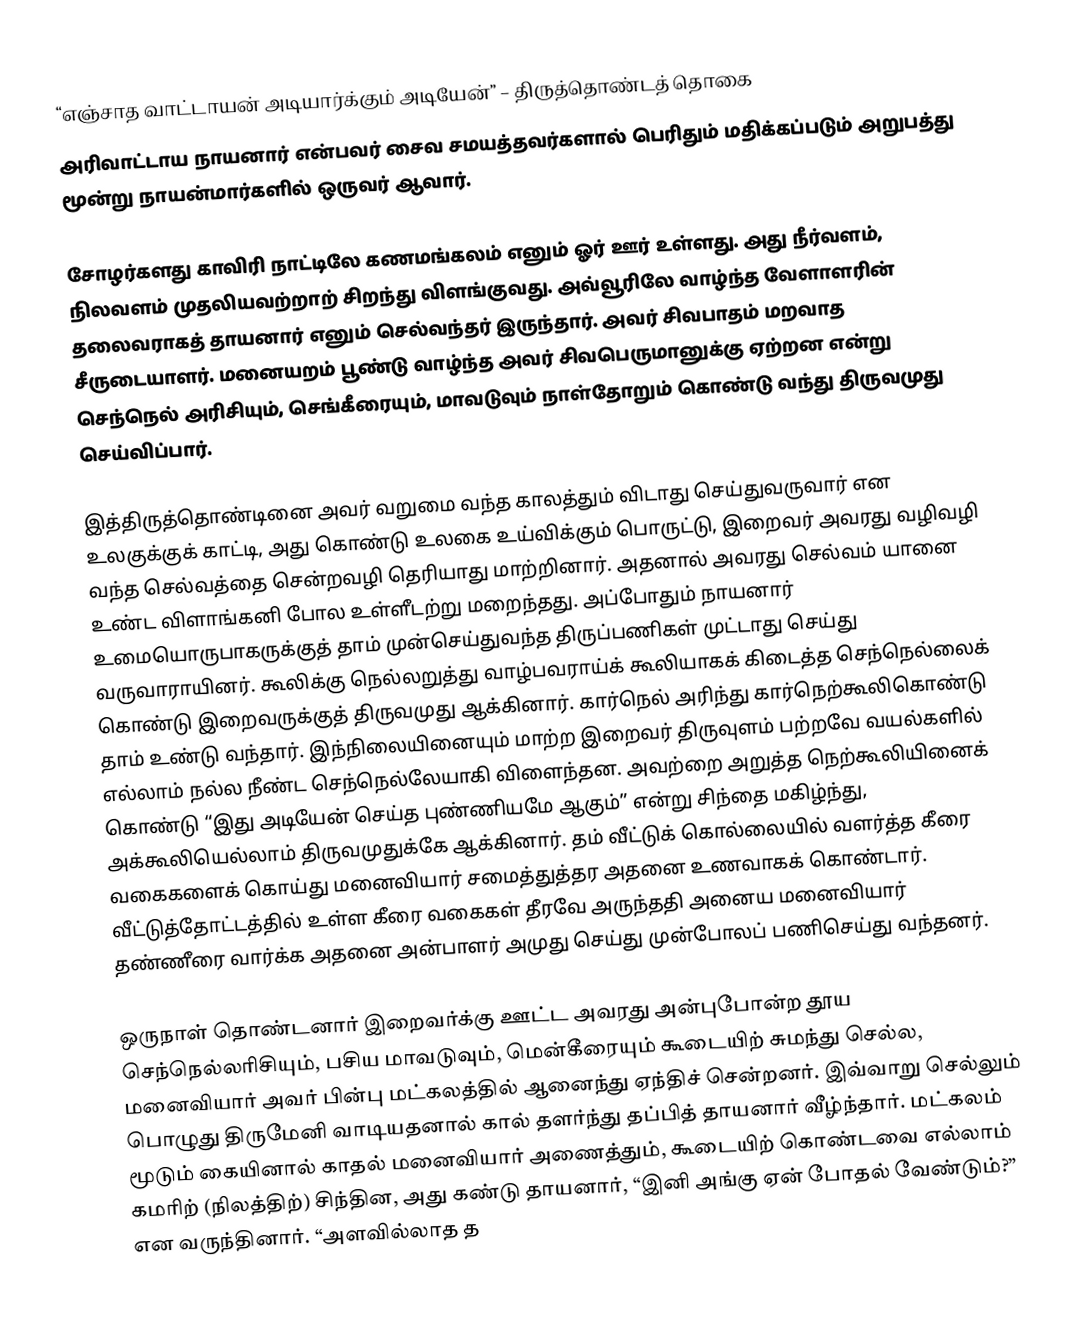
“எஞ்சாத வாட்டாயன் அடியார்க்கும் அடியேன்” – திருத்தொண்டத் தொகை
அரிவாட்டாய நாயனார் என்பவர் சைவ சமயத்தவர்களால் பெரிதும் மதிக்கப்படும் அறுபத்து மூன்று நாயன்மார்களில் ஒருவர் ஆவார்.

சோழர்களது காவிரி நாட்டிலே கணமங்கலம் எனும் ஓர் ஊர் உள்ளது. அது நீர்வளம், நிலவளம் முதலியவற்றாற் சிறந்து விளங்குவது. அவ்வூரிலே வாழ்ந்த வேளாளரின் தலைவராகத் தாயனார் எனும் செல்வந்தர் இருந்தார். அவர் சிவபாதம் மறவாத சீருடையாளர். மனையறம் பூண்டு வாழ்ந்த அவர் சிவபெருமானுக்கு ஏற்றன என்று செந்நெல் அரிசியும், செங்கீரையும், மாவடுவும் நாள்தோறும் கொண்டு வந்து திருவமுது செய்விப்பார்.

இத்திருத்தொண்டினை அவர் வறுமை வந்த காலத்தும் விடாது செய்துவருவார் என உலகுக்குக் காட்டி, அது கொண்டு உலகை உய்விக்கும் பொருட்டு, இறைவர் அவரது வழிவழி வந்த செல்வத்தை சென்றவழி தெரியாது மாற்றினார். அதனால் அவரது செல்வம் யானை உண்ட விளாங்கனி போல உள்ளீடற்று மறைந்தது. அப்போதும் நாயனார் உமையொருபாகருக்குத் தாம் முன்செய்துவந்த திருப்பணிகள் முட்டாது செய்து வருவாராயினர். கூலிக்கு நெல்லறுத்து வாழ்பவராய்க் கூலியாகக் கிடைத்த செந்நெல்லைக் கொண்டு இறைவருக்குத் திருவமுது ஆக்கினார். கார்நெல்  அரிந்து கார்நெற்கூலிகொண்டு  தாம் உண்டு வந்தார். இந்நிலையினையும் மாற்ற இறைவர் திருவுளம் பற்றவே வயல்களில் எல்லாம் நல்ல நீண்ட செந்நெல்லேயாகி விளைந்தன. அவற்றை அறுத்த நெற்கூலியினைக் கொண்டு “இது அடியேன் செய்த புண்ணியமே ஆகும்” என்று சிந்தை மகிழ்ந்து, அக்கூலியெல்லாம் திருவமுதுக்கே ஆக்கினார். தம் வீட்டுக் கொல்லையில் வளர்த்த கீரை வகைகளைக் கொய்து மனைவியார் சமைத்துத்தர அதனை உணவாகக் கொண்டார். வீட்டுத்தோட்டத்தில் உள்ள கீரை வகைகள் தீரவே அருந்ததி அனைய மனைவியார் தண்ணீரை வார்க்க அதனை அன்பாளர் அமுது செய்து முன்போலப் பணிசெய்து வந்தனர்.

ஒருநாள் தொண்டனார் இறைவர்க்கு ஊட்ட அவரது அன்புபோன்ற தூய செந்நெல்லரிசியும், பசிய மாவடுவும், மென்கீரையும் கூடையிற் சுமந்து செல்ல, மனைவியார் அவர் பின்பு மட்கலத்தில் ஆனைந்து ஏந்திச் சென்றனர். இவ்வாறு செல்லும் பொழுது திருமேனி வாடியதனால் கால் தளர்ந்து தப்பித் தாயனார் வீழ்ந்தார். மட்கலம் மூடும் கையினால் காதல் மனைவியார் அணைத்தும், கூடையிற் கொண்டவை எல்லாம் கமரிற் (நிலத்திற்) சிந்தின, அது கண்டு தாயனார், “இனி அங்கு ஏன் போதல் வேண்டும்?” என வருந்தினார். “அளவில்லாத த